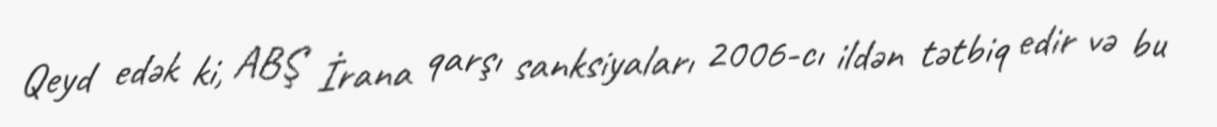
Qeyd edək ki, ABŞ İrana qarşı sanksiyaları 2006-cı ildən tətbiq edir və bu